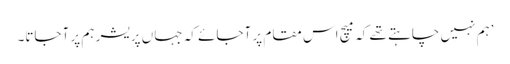
’ہم نہیں چاہتے تھے کہ میچ اس مقام پر آجائے کہ جہاں پریشر ہم پر آجاتا۔